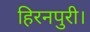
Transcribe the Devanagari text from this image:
हिरनपुरी।